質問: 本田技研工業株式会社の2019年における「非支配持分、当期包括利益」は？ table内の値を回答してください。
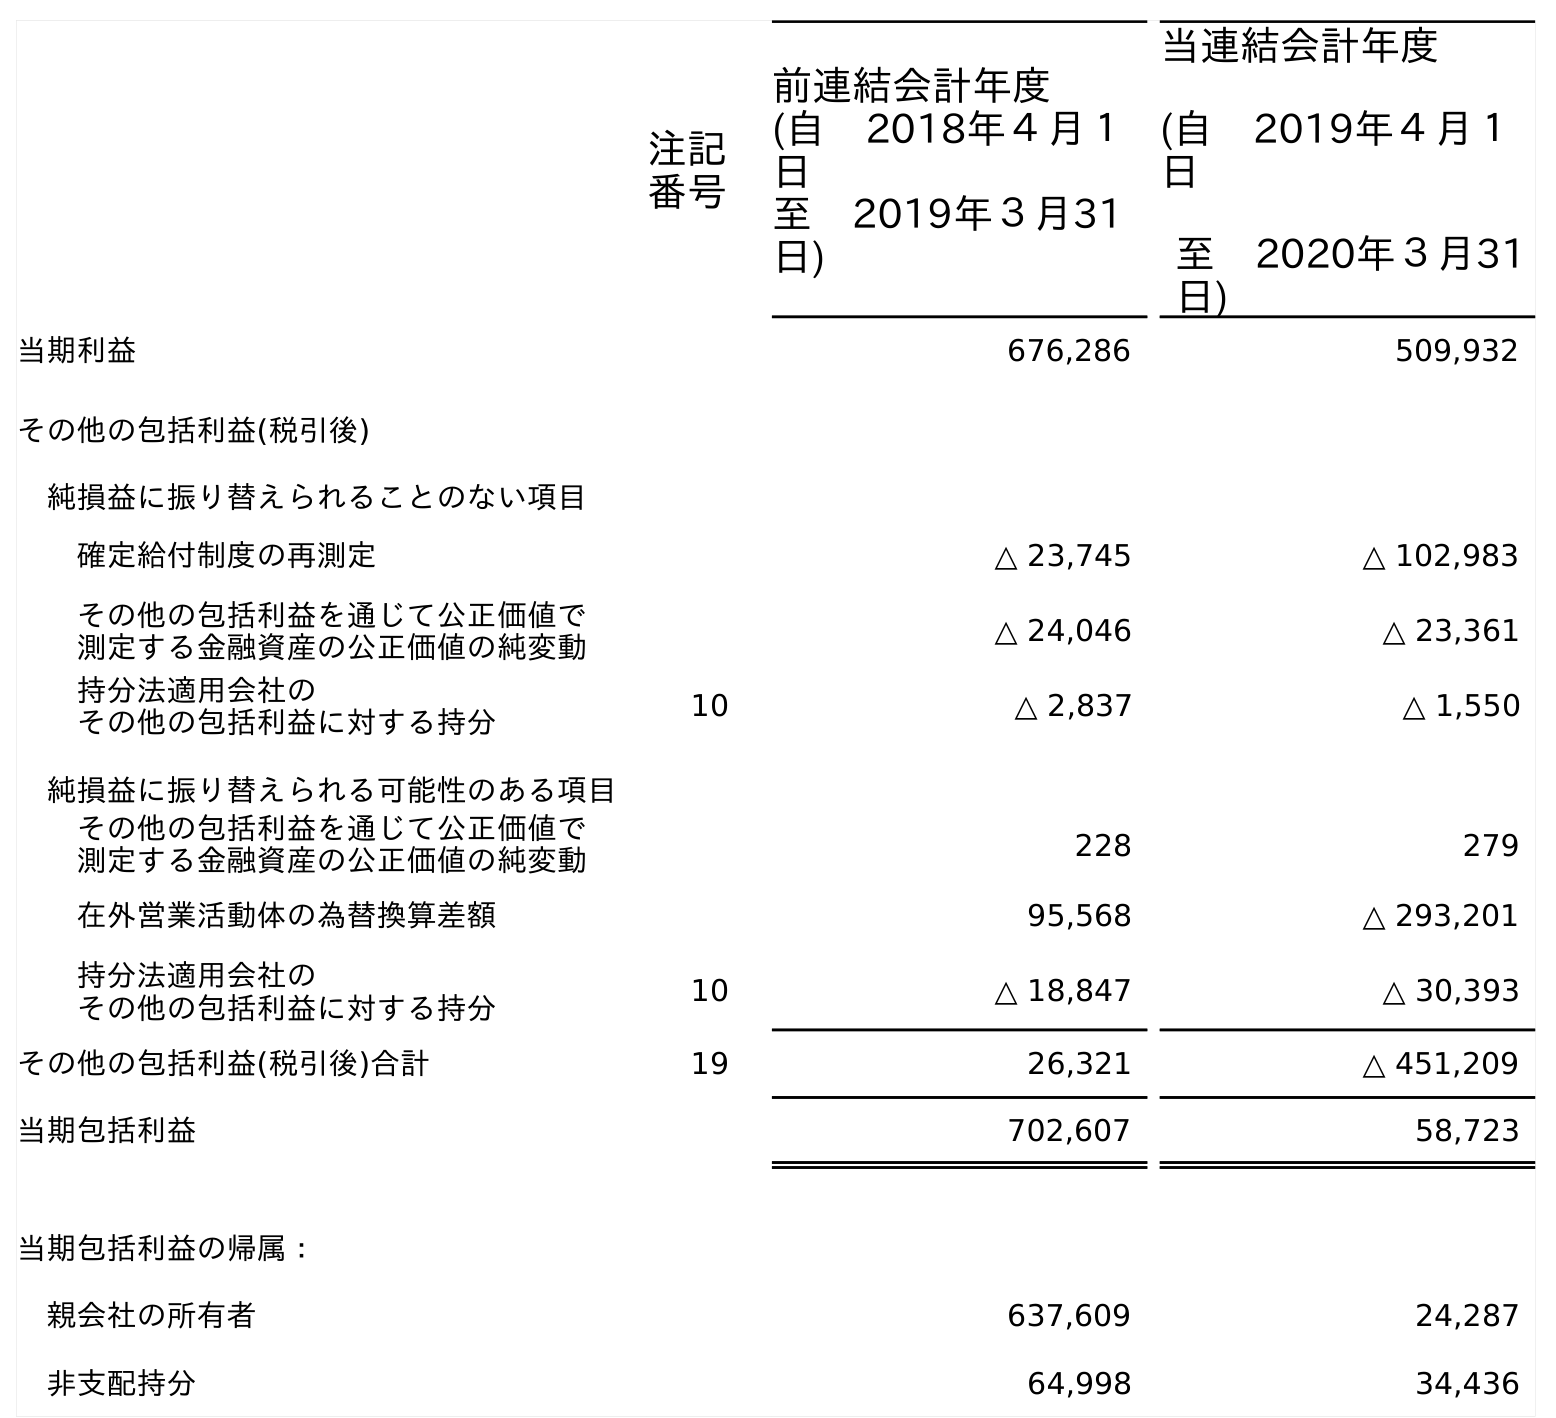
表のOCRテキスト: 注記 番号 前連結会計年度 (自 2018年４月１ 日 至 2019年３月31 日) 当連結会計年度 (自 2019年４月１ 日 至 2020年３月31 日) 当期利益 676,286 509,932 その他の包括利益(税引後) 純損益に振り替えられることのない項目 確定給付制度の再測定 △ 23,745 △ 102,983 その他の包括利益を通じて公正価値で 測定する金融資産の公正価値の純変動 △ 24,046 △ 23,361 持分法適用会社の その他の包括利益に対する持分 10 △ 2,837 △ 1,550 純損益に振り替えられる可能性のある項目 その他の包括利益を通じて公正価値で 測定する金融資産の公正価値の純変動 228 279 在外営業活動体の為替換算差額 95,568 △ 293,201 持分法適用会社の その他の包括利益に対する持分 10 △ 18,847 △ 30,393 その他の包括利益(税引後)合計 19 26,321 △ 451,209 当期包括利益 702,607 58,723 当期包括利益の帰属： 親会社の所有者 637,609 24,287 非支配持分 64,998 34,436
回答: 64,998